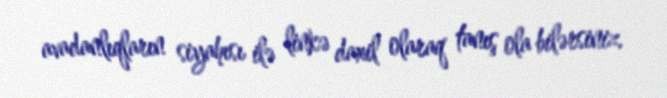
avadanlıqların siyahısı ilə linkə daxil olaraq tanış ola bilərsiniz.